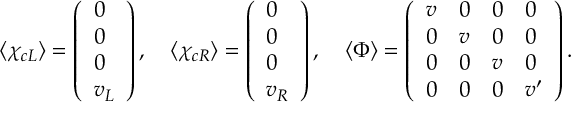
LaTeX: \langle \chi _ { c L } \rangle = \left( \begin{array} { l } { { 0 } } \\ { { 0 } } \\ { { 0 } } \\ { { v _ { L } } } \end{array} \right) , \quad \langle \chi _ { c R } \rangle = \left( \begin{array} { l } { { 0 } } \\ { { 0 } } \\ { { 0 } } \\ { { v _ { R } } } \end{array} \right) , \quad \langle \Phi \rangle = \left( \begin{array} { l l l l } { { v } } & { { 0 } } & { { 0 } } & { { 0 } } \\ { { 0 } } & { { v } } & { { 0 } } & { { 0 } } \\ { { 0 } } & { { 0 } } & { { v } } & { { 0 } } \\ { { 0 } } & { { 0 } } & { { 0 } } & { { v ^ { \prime } } } \end{array} \right) .